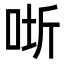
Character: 𭇵